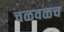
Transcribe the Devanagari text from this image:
चळवळच